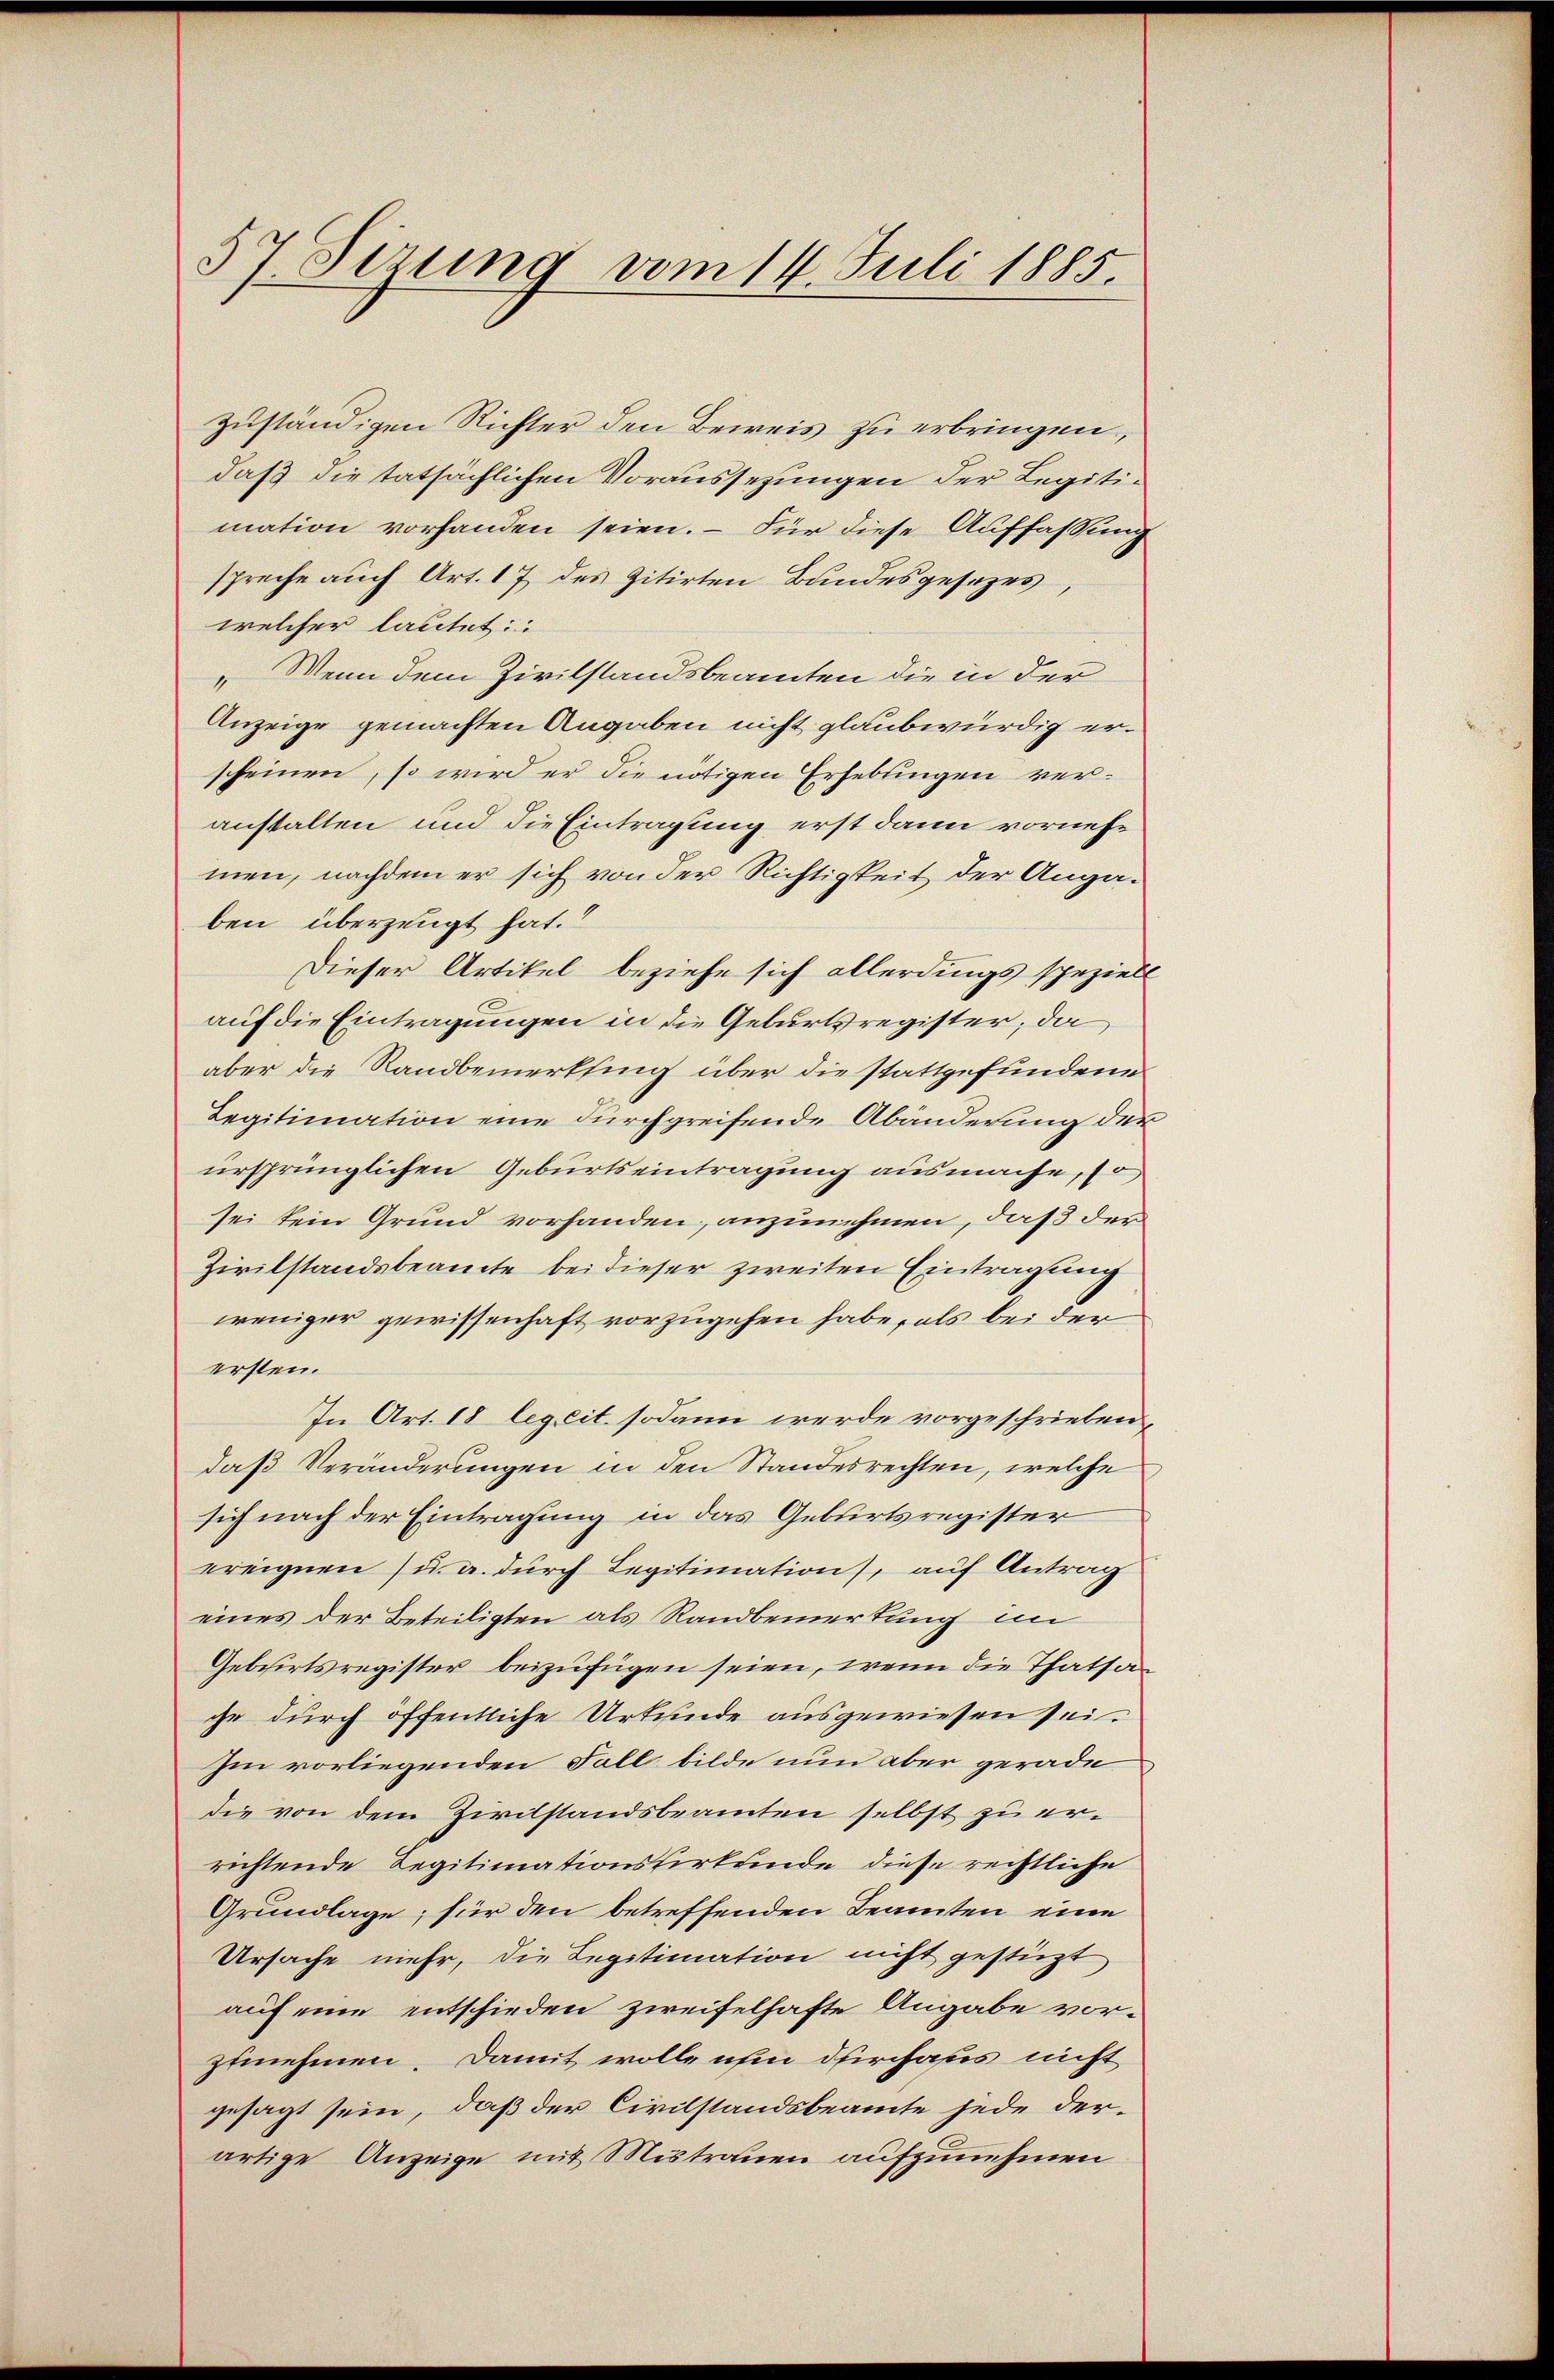
57. Sizung vom 14. Juli 1885.

zuständigen Richter den Beweis zu erbringen,
daß die tatsächlichen Voraussezungen der Legitimation vorhanden seien. – Für diese Auffassung
spreche auch Art. 17 des zitirten Bundesgesezes
welcher lautet:
" Wenn dem Zivilstandsbeamten die in der
Anzeige gemachten Angaben nicht glaubwürdig erscheinen, so wird er die nötigen Erhebungen veranstalten und die Eintragung erst dann vornehmen, nachdem er sich von der Richtigkeit der Angaben überzeugt hat.
Dieser Artikel beziehe sich allerdings speziell
auf die Eintragungen in die Geburtsregister, da
aber die Randbemerkling über die stattgefundene
Legitimation eine durchgreifende Abänderung der
ursprünglichen Geburtseintragung ausmache, so
sei kein Grund vorhanden, anzunehmen, daß der
Zivilstandsbeamte bei dieser zweiten Eintragung
weniger gewissenhaft vorzugehen habe, als bei der
ersten.
In Art. 18 legeit sodann werde vorgeschrieben,
daß Veränderungen in den Standesrechten, welche
sich nach der Eintragung in das Geburtsregister
ereignen u. a. durch Legitimation), auf Antrag
eines der Beteiligten als Randbemerkung im
Gebwirtsregister beizufügen seien, wenn die Thatsa
che durch öffentliche Urkunde ausgewiesen sei.
Im vorliegenden Fall bilde nun aber gerade
die von dem Zivilstandsbeamten selbst zu errichtende Legitimationswirkunde diese rechtliche
Grundlage; für den betreffenden Beamten eine
Ursache mehr, die Legitimation nicht gestüzt
auf eine entschieden zweifelhafte Angabe vorzunehmen. Damit wolle ihm durchaus nicht
gesagt sein, daß der Civilstandsbeamte jede derartige Anzeige mit Mistrauen aufzunehmen